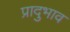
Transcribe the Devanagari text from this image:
प्रादुभाव